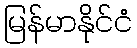
မြန်မာနိုင်ငံ